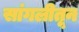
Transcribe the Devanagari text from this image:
सांगलीतून